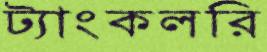
ট্যাংকলরি